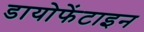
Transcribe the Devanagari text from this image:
डायोफेंटाइन